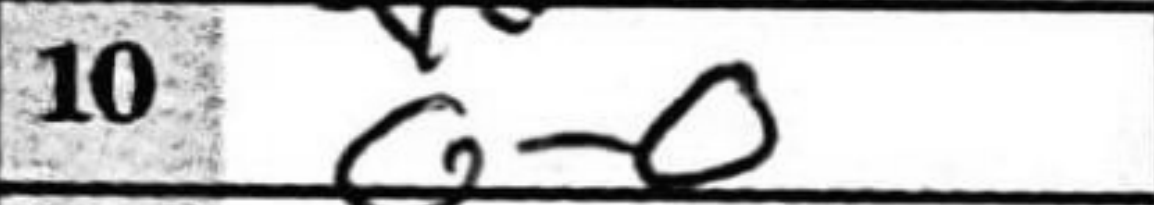
Transcription: O-O